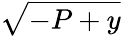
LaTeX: \sqrt{-P+y}